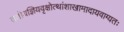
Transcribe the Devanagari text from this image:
ततोयज्ञियवृक्षोत्थांशाखामादायवाग्यतः